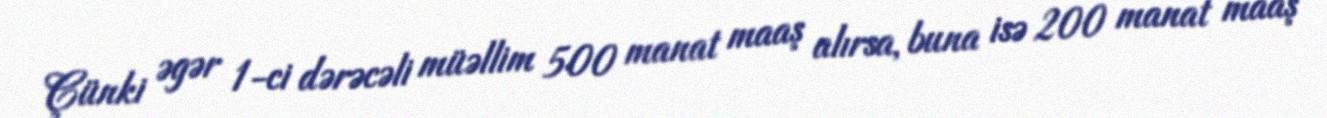
Çünki əgər 1-ci dərəcəli müəllim 500 manat maaş alırsa, buna isə 200 manat maaş